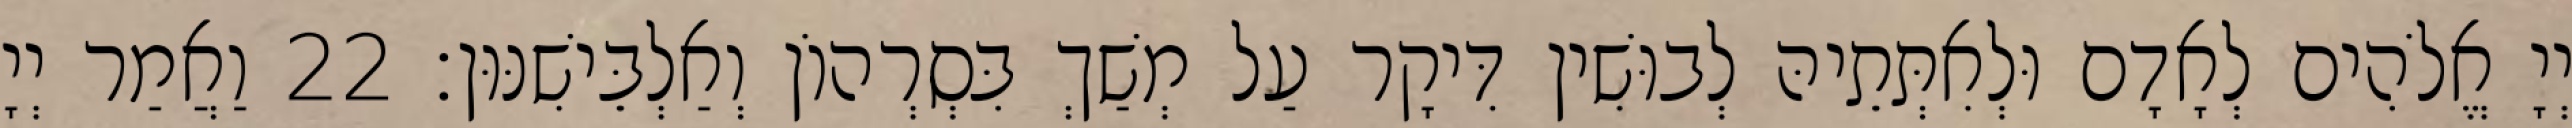
יְיָ אֱלֹהִים לְאָדָם וּלְאִתְּתֵיהּ לְבוּשִׁין דִּיקָר עַל מְשַׁךְ בִּסְרְהוֹן וְאַלְבֵּישִׁנּוּן׃ 22 וַאֲמַר יְיָ